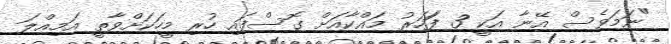
"ނަމަވެސް އޭނާ އަކީ 3 ފަަހަރު މައްކާއަށް ގޮސްފައި ހުރި މީހަކަށްވާތީ އަމިއްލަ